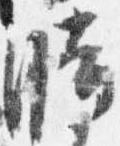
時